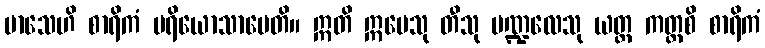
မာသေဟိ စာရိကံ ပရိယောသာပေတိ။ ဣတိ ဣမေသု တီသု မဏ္ဍလေသု ယတ္ထ ကတ္ထစိ စာရိကံ